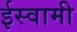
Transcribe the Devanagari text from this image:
ईस्वामी